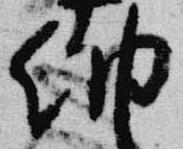
納